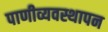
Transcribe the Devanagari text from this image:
पाणीव्यवस्थापन